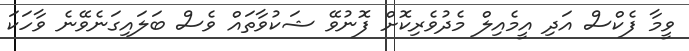
ވީމާ ފެކްސް އަދި އީމެއިލް މެދުވެރިކޮށް ފޮނުވޭ ޝަކުވާތައް ވެސް ބަލައިގަނެވޭނެ ވާހަކަ